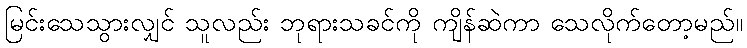
မြင်းသေသွားလျှင် သူလည်း ဘုရားသခင်ကို ကျိန်ဆဲကာ သေလိုက်တော့မည်။